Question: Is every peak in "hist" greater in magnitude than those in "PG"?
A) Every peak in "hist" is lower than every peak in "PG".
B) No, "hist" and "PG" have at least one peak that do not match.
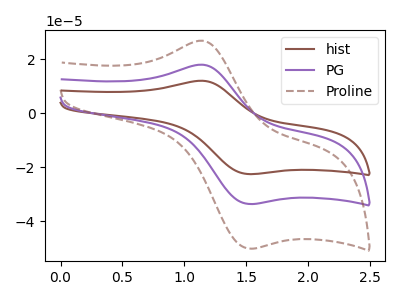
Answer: <think>The brown curve "hist" has an anodic peak at (1.15V, 12.10uA) and a cathodic peak at (1.50V, -22.50uA). The purple curve "PG" has an anodic peak at (1.15V, 18.05uA) and a cathodic peak at (1.50V, -33.55uA). The brown dashed curve "Proline" has an anodic peak at (1.15V, 36.15uA) and a cathodic peak at (1.50V, -67.15uA).</think>
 <answer>A) Every peak in "hist" is lower than every peak in "PG".</answer>
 <eval>A</eval>